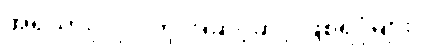
အရိယာပုဂ္ဂိုလ်တို့ အဆင့်ဆင့် ဖြစ်ရပုံများ။